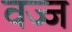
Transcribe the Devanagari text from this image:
वज्ज